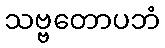
သဗ္ဗတောပဘံ